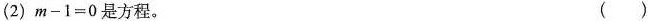
(2)$$ m - 1 = 0$$是方程。 ()